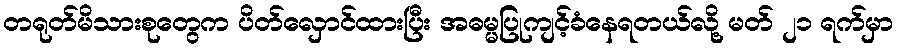
တရုတ်မိသားစုတွေက ပိတ်လှောင်ထားပြီး အဓမ္မပြုကျင့်ခံနေရတယ်လို့ မတ် ၂၁ ရက်မှာ